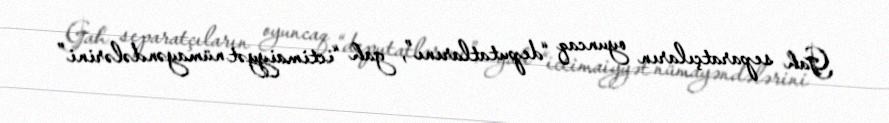
Gah separatçıların oyuncaq “deputatlarını”, gah “ictimaiyyət nümayəndələrini”